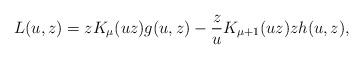
LaTeX: \begin{gather*} L(u,z)=zK_\mu(uz)g(u,z)-\frac{z}{u}K_{\mu+1}(uz) zh(u,z), \end{gather*}